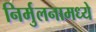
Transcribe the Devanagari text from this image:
निर्मुलनामध्ये